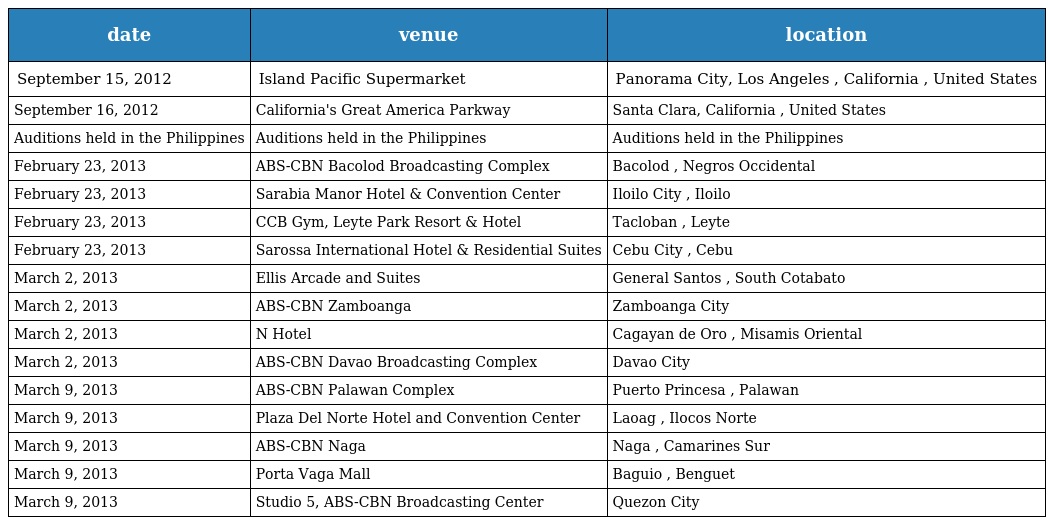
| date | venue | location |
 | --- | --- | --- |
 | September 15, 2012 | Island Pacific Supermarket | Panorama City, Los Angeles , California , United States |
 | September 16, 2012 | California's Great America Parkway | Santa Clara, California , United States |
 | Auditions held in the Philippines | Auditions held in the Philippines | Auditions held in the Philippines |
 | February 23, 2013 | ABS-CBN Bacolod Broadcasting Complex | Bacolod , Negros Occidental |
 | February 23, 2013 | Sarabia Manor Hotel & Convention Center | Iloilo City , Iloilo |
 | February 23, 2013 | CCB Gym, Leyte Park Resort & Hotel | Tacloban , Leyte |
 | February 23, 2013 | Sarossa International Hotel & Residential Suites | Cebu City , Cebu |
 | March 2, 2013 | Ellis Arcade and Suites | General Santos , South Cotabato |
 | March 2, 2013 | ABS-CBN Zamboanga | Zamboanga City |
 | March 2, 2013 | N Hotel | Cagayan de Oro , Misamis Oriental |
 | March 2, 2013 | ABS-CBN Davao Broadcasting Complex | Davao City |
 | March 9, 2013 | ABS-CBN Palawan Complex | Puerto Princesa , Palawan |
 | March 9, 2013 | Plaza Del Norte Hotel and Convention Center | Laoag , Ilocos Norte |
 | March 9, 2013 | ABS-CBN Naga | Naga , Camarines Sur |
 | March 9, 2013 | Porta Vaga Mall | Baguio , Benguet |
 | March 9, 2013 | Studio 5, ABS-CBN Broadcasting Center | Quezon City |